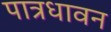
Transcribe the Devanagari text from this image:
पात्रधावन